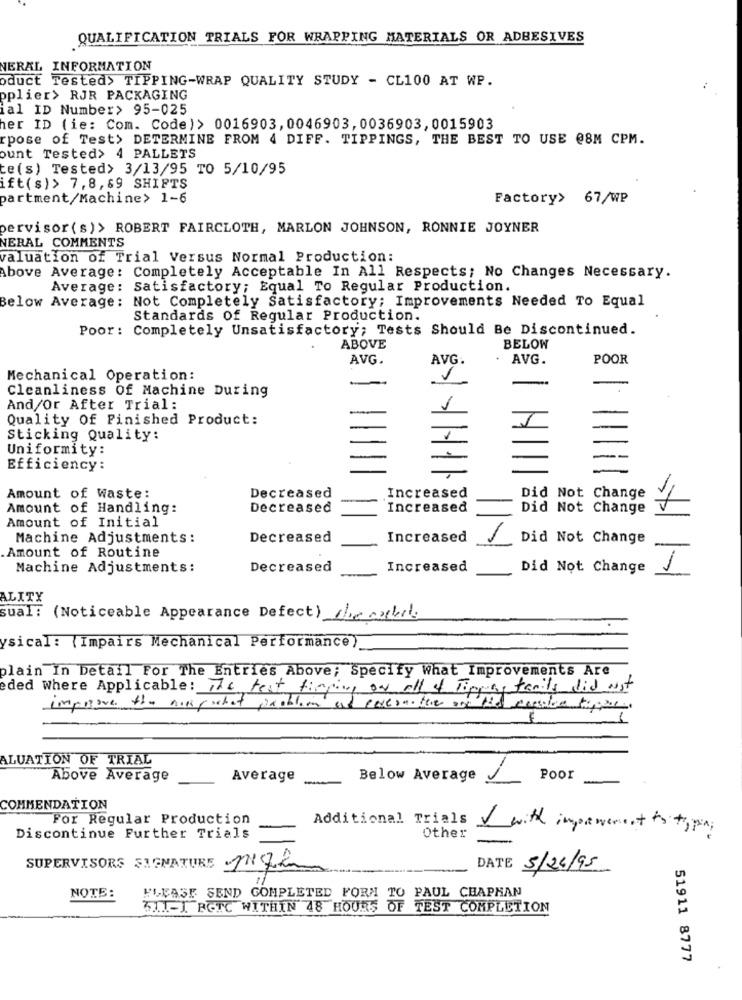
QUALIFICATION TRIALS FOR WRAPPING MATERIALS OR ADBESIVES
NERAL INFORMATION
oduct Tested> TIPPING-WRAP QUALITY STUDY - CL100 AT WP.
pplier> RJR PACKAGING
ial ID Number> 95-025
her ID (ie: Com. Code)> 0016903, 0046903, 0036903, 0015903
rpose of Test> DETERMINE FROM 4 DIFF. TIPPINGS, THE BEST TO USE @8M CPM.
ount Tested> 4 PALLETS
te(s) Tested> 3/13/95 TO 5/10/95
ift(s)> 7,8, 69 SHIFTS
partment/Machine> 1-6
Factory> 67/WP
pervisor ( s)> ROBERT FAIRCLOTH, MARLON JOHNSON, RONNIE JOYNER
NERAL COMMENTS
valuation of Trial Versus Normal Production:
Above Average: Completely Acceptable In All Respects; No Changes Necessary.
Average: Satisfactory; Equal To Regular Production.
Below Average: Not Completely Satisfactory; Improvements Needed To Equal
Standards Of Regular Production.
Poor: Completely Unsatisfactory; Tests Should Be Discontinued.
ABOVE
BELOW
AVG.
AVG:
AVG.
POOR
Mechanical Operation:
Cleanliness Of Machine During
And/Or After Trial:
Quality Of Finished Product:
Sticking Quality:
Uniformity:
Efficiency:
Increased
Did Not Change
Amount of Waste:
Decreased
Amount of Handling:
Decreased
Increased
Did Not Change
Amount of Initial
Machine Adjustments:
Decreased
Increased
Did Not Change
Amount of Routine
Machine Adjustments:
Decreased
Increased
Did Not Change
ALITY
qual: (Noticeable Appearance Defect) Avecbil
ysical: (Impairs Mechanical Performance)
plain In Detail For The Entries Above; Specify What Improvements Are
ded where Applicable: The test fimging on all of ripping tamils did Not
improve the nos pushed problem and cesera the on the cession tipps.
ALUATION OF TRIAL
Above Average
Average
-
Below Average
Poor
COMMENDATION
For Regular Production
Additional Trials
1 with improvement to typin;
Discontinue Further Trials
Other
SUPERVISORS SIGNATURE
DATE
5/26/95
11
PLEASE SEND COMPLETED FORM TO PAUL CHAPHAN
NOTE:
WII-I BOTC WITHIN 48 HOURS OF TEST COMPLETION
51911 8777